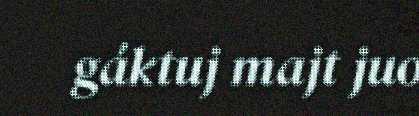
gáktuj majt juo